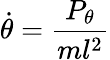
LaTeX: {\dot{\theta}}={\frac{P_{\theta}}{ml^{2}}}